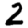
Digit: 2